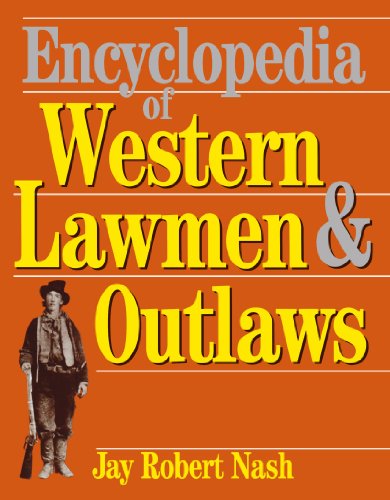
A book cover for Encyclopedia Of Western Lawmen & Outlaws; Jay Robert Nash; Reference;